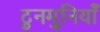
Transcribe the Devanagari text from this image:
टुनमुनियाँ